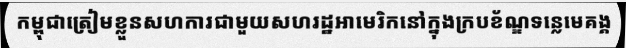
កម្ពុជាត្រៀមខ្លួនសហការជាមួយសហរដ្ឋអាមេរិកនៅក្នុងក្របខ័ណ្ឌទន្លេមេគង្គ